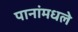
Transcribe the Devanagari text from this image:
पानांमधले